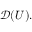
{ \mathcal { D } } ( U ) .